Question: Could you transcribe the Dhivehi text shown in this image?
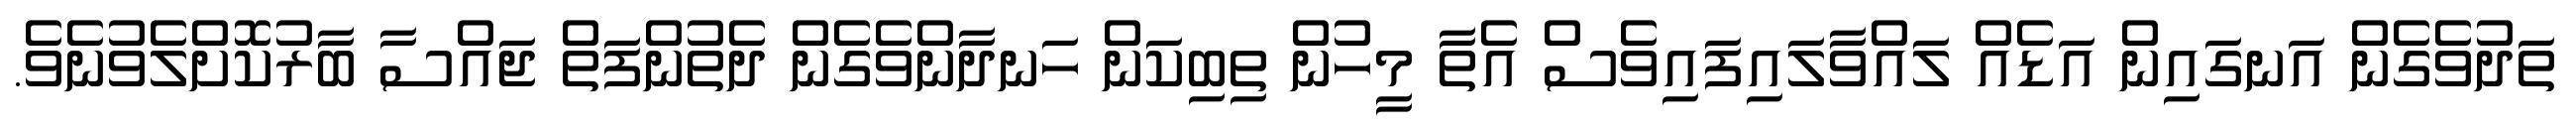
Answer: ތަދުވެގެން އަނގައިން އަޑެއް ލައްވާލައިފައިވެސް އެތާ މީހުން ތިބިކަން ހަނދާންވެގެން ދެތުންފަތް ޖައްސާ ބާރުކޮށްލެވުނެވެ.